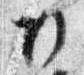
日